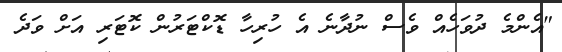
"އެންމެ ދުވަހެއް ވެސް ނުދާނެ އެ ހުރިހާ ޑޮކްޓަރުން ކޮޓަރި އަށް ވަދެ